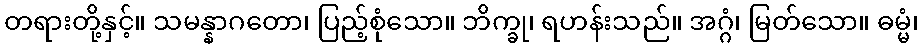
တရားတို့နှင့်။ သမန္နာဂတော၊ ပြည့်စုံသော။ ဘိက္ခု၊ ရဟန်းသည်။ အဂ္ဂံ၊ မြတ်သော။ ဓမ္မံ၊